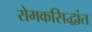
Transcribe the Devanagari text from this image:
रोमकसिद्धांत